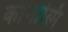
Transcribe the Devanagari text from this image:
कामोस्मि